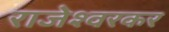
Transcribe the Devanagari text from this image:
राजेश्वरकर